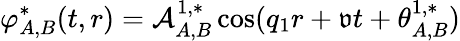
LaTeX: {\varphi}_{A,B}^{*}(t,r)=\mathcal{A}_{A,B}^{1,*}\cos(q_{1}r+\mathfrak{v}t+\theta_{A,B}^{1,*})